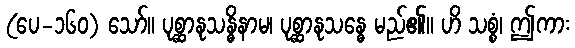
(ပေ-၁၆၀) သော်။ ပုစ္ဆာနုသန္ဓိနာမ၊ ပုစ္ဆာနုသန္ဓေ မည်၏။ ဟိ သစ္စံ၊ ဤကား